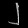
Digit: ၂